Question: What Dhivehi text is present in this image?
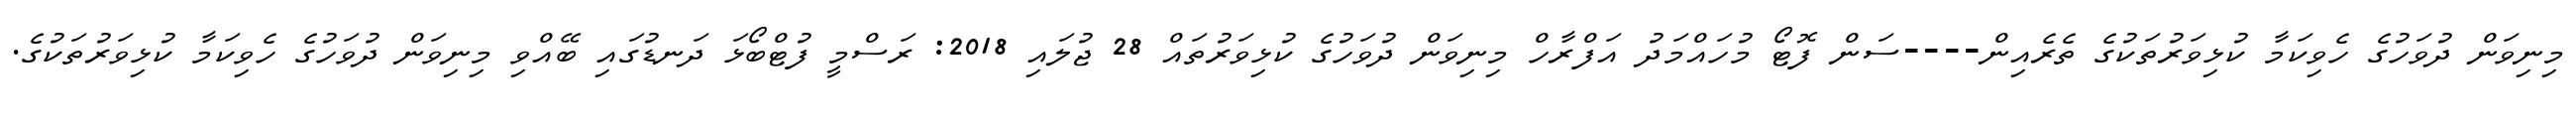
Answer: މިނިވަން ދުވަހުގެ ހެވިކަމާ ކުޅިވަރުތަކުގެ ތެރެއިން----ސަން ފޮޓޯ މުހައްމަދު އަފްރާހް މިނިވަން ދުވަހުގެ ކުޅިވަރުތައް 28 ޖުލައި 2018: ރަސްމީ ފުޓްބޯޅަ ދަނޑުގައި ބޭއްވި މިނިވަން ދުވަހުގެ ހެވިކަމާ ކުޅިވަރުތަކުގެ.